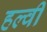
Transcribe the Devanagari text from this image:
हल्वी